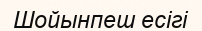
Шойынпеш есігі